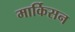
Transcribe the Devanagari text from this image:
मार्किसन